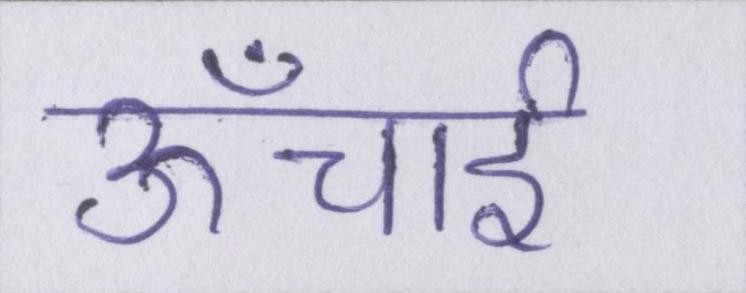
ऊँचाई